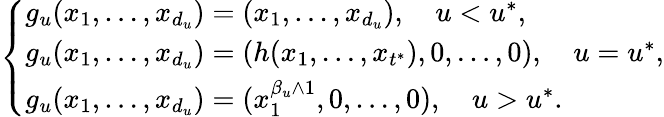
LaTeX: \left\{ \begin{array}{lll}{g_{u}(x_{1},\ldots,x_{d_{u}})=(x_{1},\ldots,x_{d_{u}}),\quad u<u^{\ast},}\\ {g_{u}(x_{1},\ldots,x_{d_{u}})=\left(h(x_{1},\ldots,x_{t^{\ast}}),0,\ldots,0\right),\quad u=u^{\ast},}\\ {g_{u}(x_{1},\ldots,x_{d_{u}})=(x_{1}^{\beta_{u}\wedge 1},0,\ldots,0),\quad u>u^{\ast}.}\end{array}\right.